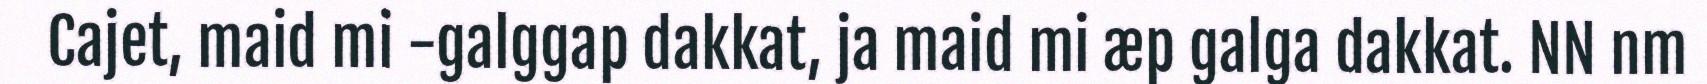
Cajet, maid mi -galggap dakkat, ja maid mi æp galga dakkat. NN nm